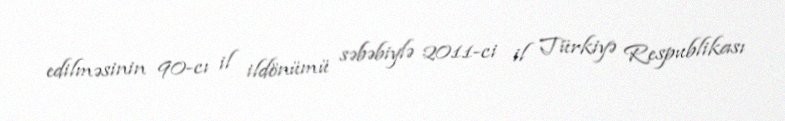
edilməsinin 90-cı il ildönümü səbəbiylə 2011-ci il Türkiyə Respublikası